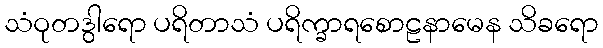
သံဝုတဒွါရော ပရိတာသံ ပရိက္ခာရစောဠနာမေန သိခရော